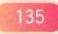
135